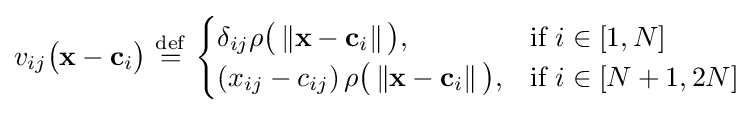
v_{ij}{\big (}\mathbf {x} -\mathbf {c} _{i}{\big )}\ {\stackrel {\mathrm {def} }{=}}\ {\begin{cases}\delta _{ij}\rho {\big (}\left\Vert \mathbf {x} -\mathbf {c} _{i}\right\Vert {\big )},&{\mbox{if }}i\in [1,N]\\\left(x_{ij}-c_{ij}\right)\rho {\big (}\left\Vert \mathbf {x} -\mathbf {c} _{i}\right\Vert {\big )},&{\mbox{if }}i\in [N+1,2N]\end{cases}}